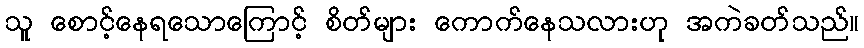
သူ စောင့်နေရသောကြောင့် စိတ်များ ကောက်နေသလားဟု အကဲခတ်သည်။